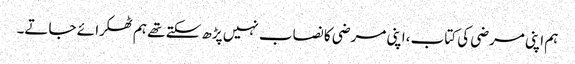
ہم اپنی مرضی کی کتاب ،اپنی مرضی کا نصاب نہیں پڑھ سکتے تھے ہم ٹھکرا ئے جاتے۔